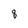
Character: q